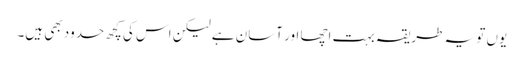
یوں تو یہ طریقہ بہت اچھا اور آسان ہے لیکن اس کی کچھ حدود بھی ہیں۔